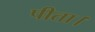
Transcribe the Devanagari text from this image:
पीता।